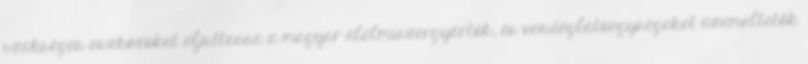
szükséges eszközöket eljuttassa a magyar élelmiszergyártók, és vendéglátóegységeket üzemeltetők